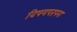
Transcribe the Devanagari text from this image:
विषयपरंपरा